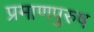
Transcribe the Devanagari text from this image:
प्रमाणपुरुष